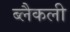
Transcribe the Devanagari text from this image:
ब्लैकली